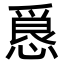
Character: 𭞀